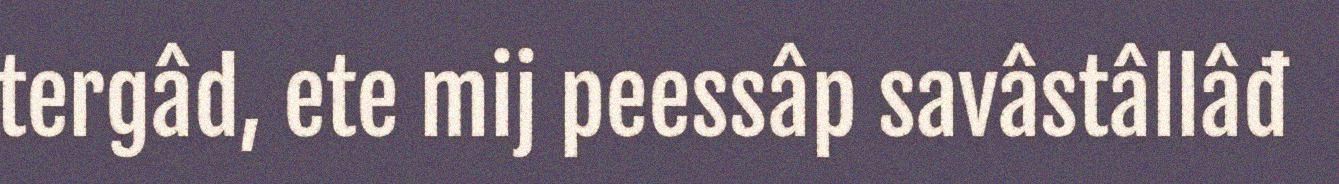
tergâd, ete mij peessâp savâstâllâđ